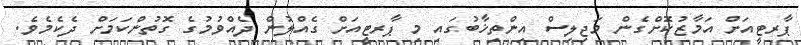
ޕާރޓީއަށް އަމާޒުކޮށްގެން މަޖިލިސް އިންތިޚާބުގައި މި ޕާރޓީއަށް ގެއްލުން ދެއްވުމުގެ ގޮތުންކަމަށް ދެކެމެވެ.